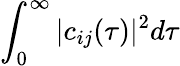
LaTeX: \int_{0}^{\infty}|c_{ij}(\tau)|^{2}d\tau